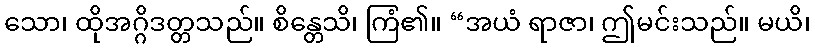
သော၊ ထိုအဂ္ဂိဒတ္တသည်။ စိန္တေသိ၊ ကြံ၏။ “အယံ ရာဇာ၊ ဤမင်းသည်။ မယိ၊